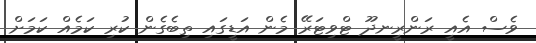
ވެސް އެއީ ރަންރީނދޫ ޓްވިޓަރޭ މެން އަޑީގައި ތިބެގެން ކުރި ކަމެއް ކަމަށް